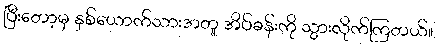
ပြီးတော့မှ နှစ်ယောက်သားအတူ အိပ်ခန်းကို သွားလိုက်ကြတယ်။